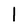
Character: l